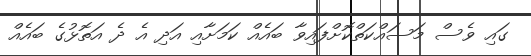
ގައި ވެސް މަސައްކަތްކޮށްފައިވާ ބައެއް ކަމަށާއި އަދި އެ ދެ އަތޮޅުގެ ބައެއް